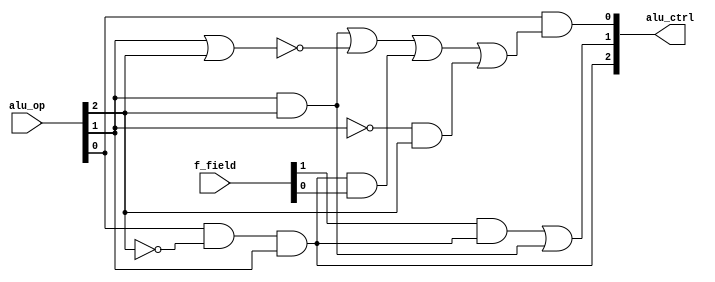
module alu_control(alu_op,f_field,alu_ctrl);
input [1:0]f_field;
input [2:0]alu_op;
output [2:0]alu_ctrl;
wire w0,w1,w2,w3,w4,w5,w6,w7,w8;
not n1(w0,alu_op[2]),
    n2(w3,alu_op[1]);
and a1(w1,alu_op[0],w0,alu_op[1]),
    a2(w2,w1,f_field[0]),
	a3(w4,w3,alu_op[2]),
	a4(w6,alu_op[1],alu_op[2]),
	a5(w8,f_field[1],w1);
nor n0(w5,alu_op[1],alu_op[2]);	
or  o1(w7,w6,w5,w2,w4),
    o2(alu_ctrl[1],w8,w6);
and	a6(alu_ctrl[0],alu_op[0],w7),
    a7(alu_ctrl[2],w1,1'b1);
endmodule